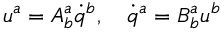
u ^ { a } = A _ { b } ^ { a } \dot { q } ^ { b } , \ \ \ \dot { q } ^ { a } = B _ { b } ^ { a } u ^ { b }